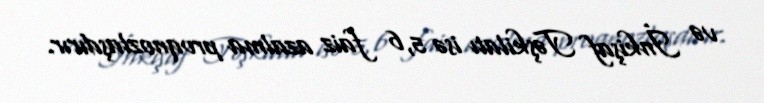
və İnkişaf Təşkilatı isə 5,6 faiz azalma proqnozlaşdırır.